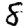
Digit: 8